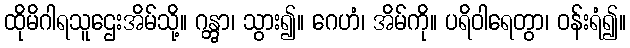
ထိုမိဂါရသူဌေးအိမ်သို့။ ဂန္တွာ၊ သွား၍။ ဂေဟံ၊ အိမ်ကို။ ပရိဝါရေတွာ၊ ဝန်းရံ၍။